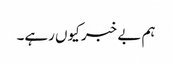
ہم بے خبر کیوں رہے۔